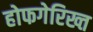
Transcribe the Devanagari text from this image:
होफगेरिख्त